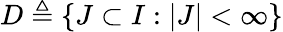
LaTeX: D\triangleq\{ J\subset I:|J|<\infty\}